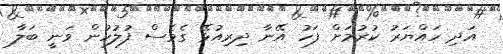
އަދި ހައްޔަރު ކުރުމަށް ފަހު އޭނާ ދިރިއުޅޭ ގެވެސް ފުލުހުން ވަނީ ބަލާ